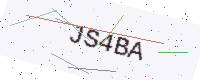
Text: JS4BA